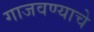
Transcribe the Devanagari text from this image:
गाजवण्याचे